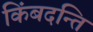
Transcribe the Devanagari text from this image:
किंबदन्ति